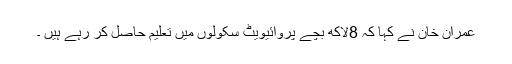
عمران خان نے کہا کہ 8لاکھ بچے پروائیویٹ سکولوں میں تعلیم حاصل کر رہے ہیں ۔